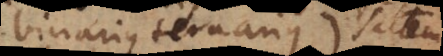
binarius ternarius), saltem